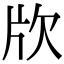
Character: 㸝